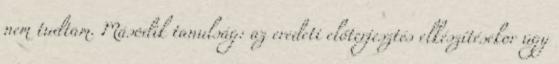
nem tudtam. Második tanulság: az eredeti előterjesztés elkészítésekor úgy